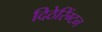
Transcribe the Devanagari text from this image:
दिठेरिंग्टन